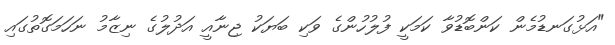
"އަޅުގަނޑުމެން ކަންބޮޑުވާ ކަމަކީ ފުލުހުންގެ ވަކި ބަޔަކު ޖިނާއީ އަދުލުގެ ނިޒާމު ނަހަމަގޮތުގައި